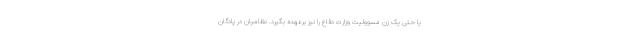
یا حتی یک زن مسوولیت وزارت دفاع را نیز برعهده بگیرد. نظامیان در پادگان